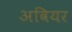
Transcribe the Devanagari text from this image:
अवियर